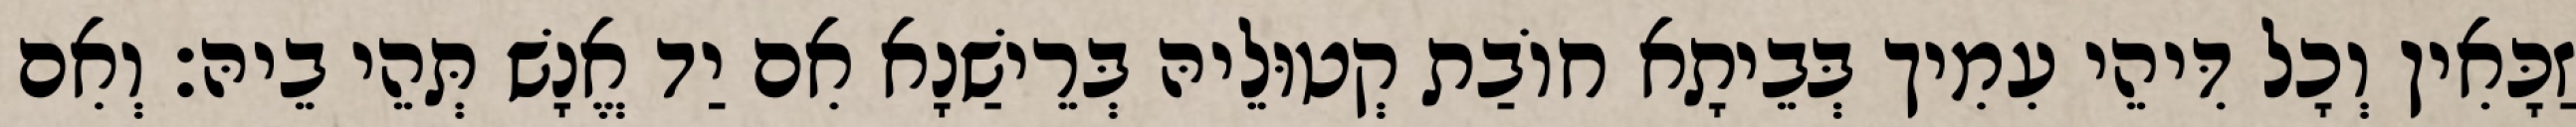
זַכָּאִין וְכָל דִּיהֵי עִמִיך בְּבֵיתָא חוֹבַת קְטוּלֵיהּ בְּרֵישַׁנָא אִם יַד אֱנָשׁ תְּהֵי בֵיהּ׃ וְאִם